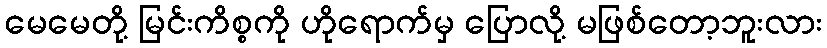
မေမေတို့ မြင်းကိစ္စကို ဟိုရောက်မှ ပြောလို့ မဖြစ်တော့ဘူးလား